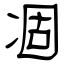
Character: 凅